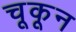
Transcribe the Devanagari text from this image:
चूकून